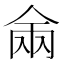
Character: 𰂑